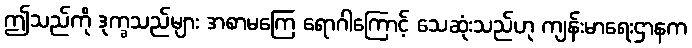
ဤသည်ကို ဒုက္ခသည်များ အစာမကြေ ရောဂါကြောင့် သေဆုံးသည်ဟု ကျန်းမာရေးဌာနက